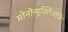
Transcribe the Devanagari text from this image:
मोनोन्यूक्लिओसि